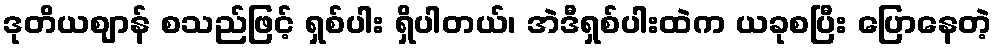
ဒုတိယဈာန် စသည်ဖြင့် ရှစ်ပါး ရှိပါတယ်၊ အဲဒီရှစ်ပါးထဲက ယခုစပြီး ပြောနေတဲ့